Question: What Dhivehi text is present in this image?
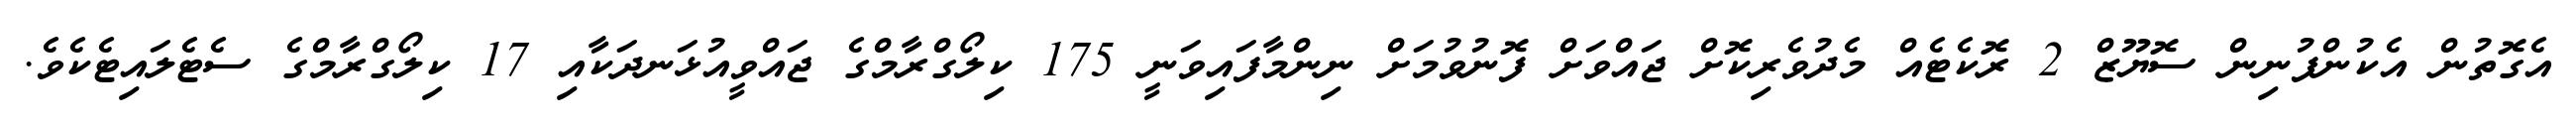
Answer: އެގޮތުން އެކުންފުނިން ސޮޔޫޒް 2 ރޮކެޓެއް މެދުވެރިކޮށް ޖައްވަށް ފޮނުވުމަށް ނިންމާފައިވަނީ 175 ކިލޯގްރާމްގެ ޖައްވީއުޅަނދަކާއި 17 ކިލޯގްރާމްގެ ސެޓެލައިޓެކެވެ.